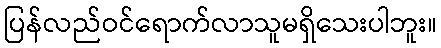
ပြန်လည်ဝင်ရောက်လာသူမရှိသေးပါဘူး။